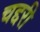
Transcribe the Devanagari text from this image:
चद्दरी